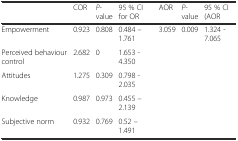
|  | COR | P-value | 95 % CI for OR | AOR | P-value | 95 % CI (AOR |
 | --- | --- | --- | --- | --- | --- | --- |
 | Empowerment | 0.923 | 0.808 | 0.484 – 1.761 | 3.059 | 0.009 | 1.324 - 7.065 |
 | Perceived behaviour control | 2.682 | 0 | 1.653 - 4.350 |  |  |  |
 | Attitudes | 1.275 | 0.309 | 0.798 - 2.035 |  |  |  |
 | Knowledge | 0.987 | 0.973 | 0.455 – 2.139 |  |  |  |
 | Subjective norm | 0.932 | 0.769 | 0.52 – 1.491 |  |  |  |